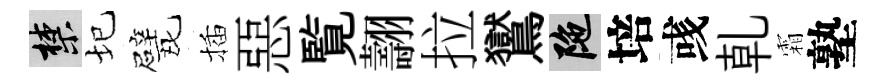
禁圮戏插惡覧翿拉鸑陀培彧乹霜塾